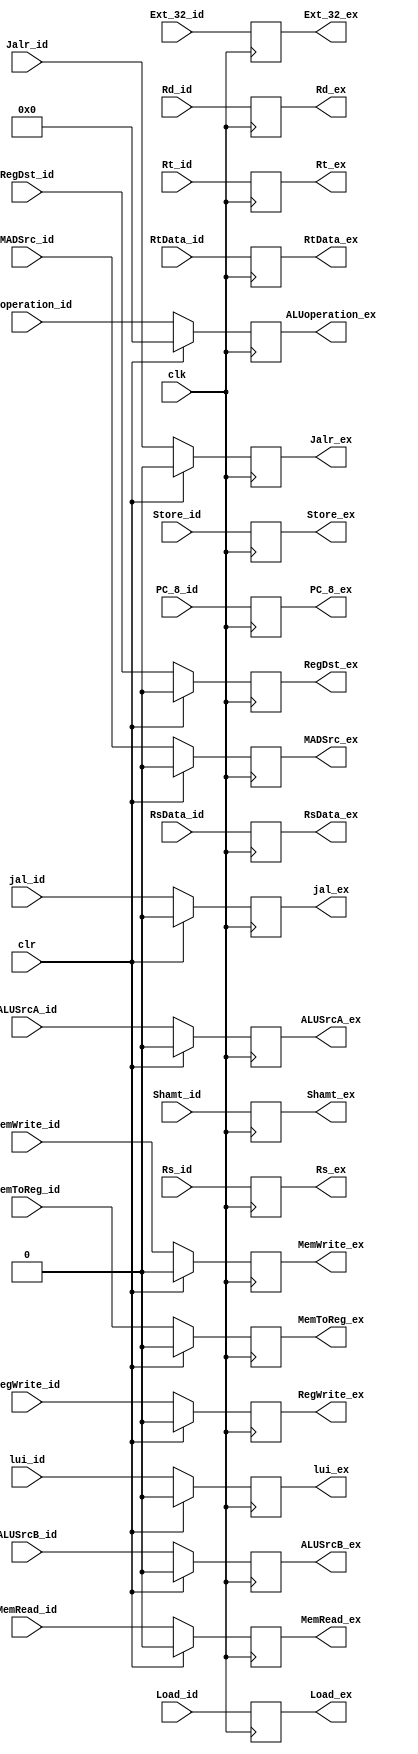
`timescale 1ns / 1ps
//////////////////////////////////////////////////////////////////////////////////
// Company: 
// Engineer: 
// 
// Design Name: 
// Module Name: ID_EX_REG
// Project Name: 
// Target Devices: 
// Tool Versions: 
// Description: 
// 
// Dependencies: 
// 
// Revision:
// Revision 0.01 - File Created
// Additional Comments:
// 
//////////////////////////////////////////////////////////////////////////////////


module ID_EX_REG(
    clk, clr, 
    MemToReg_id, RegWrite_id, MemWrite_id, MemRead_id, ALUoperation_id, ALUSrcA_id, ALUSrcB_id, RegDst_id, jal_id, PC_8_id, Ext_32_id, Shamt_id, Rd_id, Rs_id, Rt_id, RsData_id, RtData_id, lui_id,Jalr_id,Store_id,Load_id,MADSrc_id,
    MemToReg_ex, RegWrite_ex, MemWrite_ex, MemRead_ex, ALUoperation_ex, ALUSrcA_ex, ALUSrcB_ex, RegDst_ex, jal_ex, PC_8_ex, Ext_32_ex, Shamt_ex, Rd_ex, Rs_ex, Rt_ex, RsData_ex, RtData_ex, lui_ex,Jalr_ex,Store_ex,Load_ex,MADSrc_ex
    );
    input clk, clr;
    input MemToReg_id, RegWrite_id, MemWrite_id, MemRead_id, ALUSrcA_id, ALUSrcB_id, RegDst_id, jal_id, lui_id,Jalr_id,MADSrc_id;
    input [5:0] ALUoperation_id;
    input [31:0] PC_8_id, Ext_32_id, RsData_id, RtData_id;
    input [4:0] Rd_id, Rs_id, Rt_id, Shamt_id;
    input [1:0] Store_id;
    input [2:0] Load_id;
    output reg MemToReg_ex, RegWrite_ex, MemWrite_ex, MemRead_ex, ALUSrcA_ex, ALUSrcB_ex, RegDst_ex, jal_ex, lui_ex,Jalr_ex,MADSrc_ex;
    output reg [5:0] ALUoperation_ex;
    output reg [31:0] PC_8_ex, Ext_32_ex, RsData_ex, RtData_ex;
    output reg [4:0] Rd_ex, Rs_ex, Rt_ex, Shamt_ex;
    output reg [1:0] Store_ex;
    output reg [2:0] Load_ex;
    
    initial
    begin
        MemToReg_ex = 0;
        RegWrite_ex = 0;
        MemWrite_ex = 0;
        MemRead_ex = 0;
        ALUoperation_ex = 0;
        ALUSrcA_ex = 0;
        ALUSrcB_ex = 0;
        RegDst_ex = 0;
        jal_ex = 0;
        PC_8_ex = 0;
        Ext_32_ex = 0;
        Shamt_ex = 0;
        Rd_ex = 0;
        Rs_ex = 0;
        Rt_ex = 0;
        RsData_ex = 0;
        RtData_ex = 0;    
        lui_ex = 0;
        Jalr_ex = 0;
        Store_ex = 0;
        Load_ex = 0;
        MADSrc_ex = 0;
    end
    
    always@(posedge clk)
    begin
        if(clr == 1)
        begin
            MemToReg_ex = 0;
            RegWrite_ex = 0;
            MemWrite_ex = 0;
            MemRead_ex = 0;
            ALUoperation_ex = 0;
            ALUSrcA_ex = 0;
            ALUSrcB_ex = 0;
            RegDst_ex = 0;
            jal_ex = 0;
            lui_ex = 0;
            PC_8_ex = PC_8_id;
            Ext_32_ex = Ext_32_id;
            Shamt_ex = Shamt_id;
            Rd_ex = Rd_id;
            Rs_ex = Rs_id;
            Rt_ex = Rt_id;
            RsData_ex = RsData_id;
            RtData_ex = RtData_id;
            Jalr_ex = 0;
            Store_ex = Store_id;
            Load_ex = Load_id;
            MADSrc_ex = 0;
        end
        else
        begin
            MemToReg_ex = MemToReg_id;
            RegWrite_ex = RegWrite_id;
            MemWrite_ex = MemWrite_id;
            MemRead_ex = MemRead_id;
            ALUoperation_ex = ALUoperation_id;
            ALUSrcA_ex = ALUSrcA_id;
            ALUSrcB_ex = ALUSrcB_id;
            RegDst_ex = RegDst_id;
            jal_ex = jal_id;
            lui_ex = lui_id;
            PC_8_ex = PC_8_id;
            Ext_32_ex = Ext_32_id;
            Shamt_ex = Shamt_id;
            Rd_ex = Rd_id;
            Rs_ex = Rs_id;
            Rt_ex = Rt_id;
            RsData_ex = RsData_id;
            RtData_ex = RtData_id;
            Jalr_ex = Jalr_id;
            Store_ex = Store_id;
            Load_ex = Load_id;
            MADSrc_ex = MADSrc_id;
        end
    end
endmodule